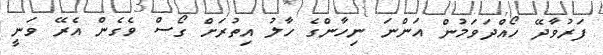
ފަރުވާދޭ ހޯއްދަވަމުން އަންނަ ނިހާންގެ ހާލު އިތުރަށް ގޯސް ވެގެން އެރޭ ވަނީ